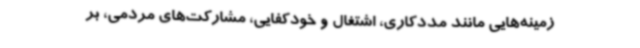
زمینه‌هایی مانند مددکاری، اشتغال و خودکفایی، مشارکت‌های مردمی، بر